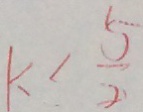
K < \frac { 5 } { 2 }